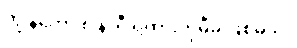
ကျွန်တော် ၈ နာရီ ရထားကိုမီမှ ဖြစ်မယ်။